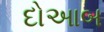
દોઆબ